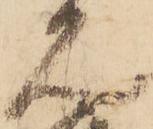
見